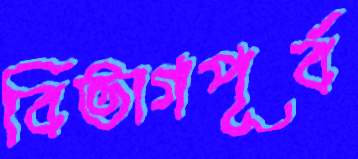
বিভাগপূর্ব